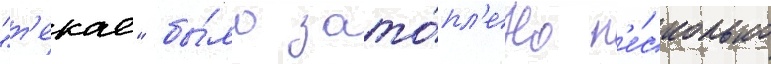
"т'екае" бы́ло зато́пл'ено н'е́сколько